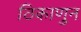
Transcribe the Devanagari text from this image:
ठिकाणुन